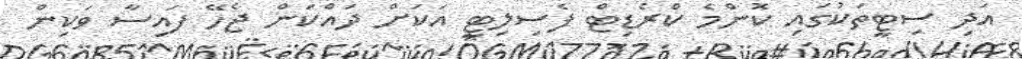
އަދި ސިޓީތަކުގައި ކޮންމެ ކްރެޑިޓް ފެސިލިޓީ އަކަށް ދައްކަން ޖެހޭ ފައިސާ ވަކިން